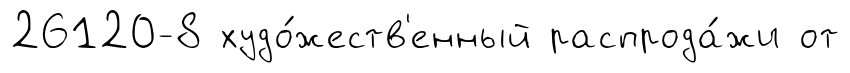
26120-8 худо́жеств'енный распрода́жи от